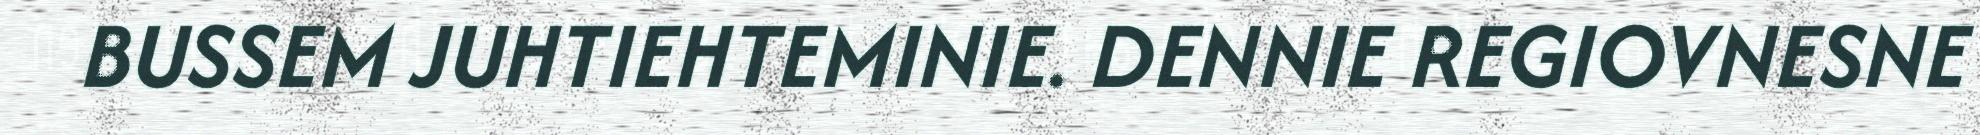
BUSSEM JUHTIEHTEMINIE. DENNIE REGIOVNESNE